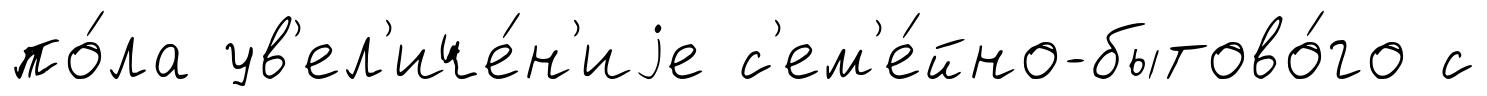
по́ла ув'ел'иче́н'иjе с'ем'е́йно-бытово́го с